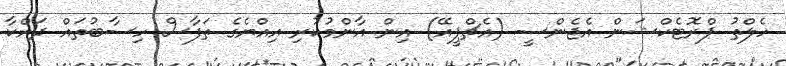
ހެލްތު ޕްރޮޓެކްޝަން އެޖެންސީ (އެޗްޕީއޭ) އިން އާންމުކުރި އިއްޔެގެ ތަފާސް ހިސާބުތައް ދައްކާ